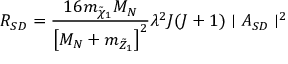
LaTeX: R _ { S D } = { \frac { 1 6 m _ { \tilde { \chi } _ { 1 } } M _ { N } } { \left[ M _ { N } + m _ { \tilde { Z } _ { 1 } } \right] ^ { 2 } } } \lambda ^ { 2 } J ( J + 1 ) \mid A _ { S D } \mid ^ { 2 }